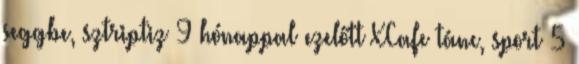
seggbe, sztriptiz 9 hónappal ezelőtt XCafe tánc, sport 5